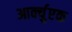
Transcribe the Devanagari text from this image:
आर्क्युएक